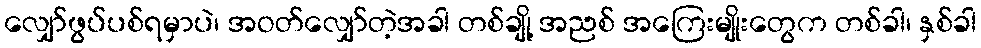
လျှော်ဖွပ်ပစ်ရမှာပဲ၊ အဝတ်လျှော်တဲ့အခါ တစ်ချို့ အညစ် အကြေးမျိုးတွေက တစ်ခါ၊ နှစ်ခါ